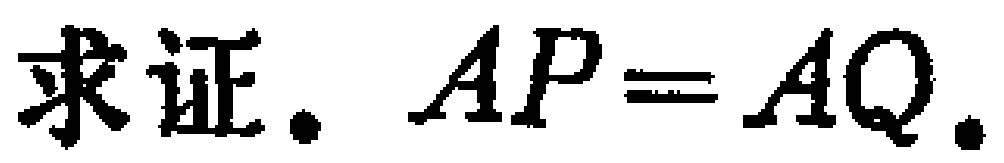
求证. \(AP = AQ\).